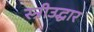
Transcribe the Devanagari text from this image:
स्त्रीउद्धार